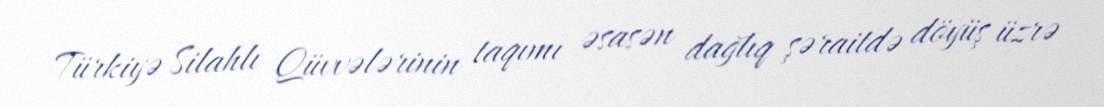
Türkiyə Silahlı Qüvvələrinin taqımı əsasən dağlıq şəraitdə döyüş üzrə